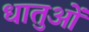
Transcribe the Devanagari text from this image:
धातुआें